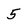
Character: 5